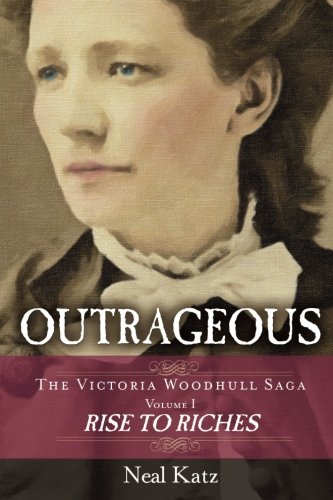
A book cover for Outrageous: The Victoria Woodhull Saga, Volume One: Rise to Riches; Neal Katz; Science Fiction & Fantasy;